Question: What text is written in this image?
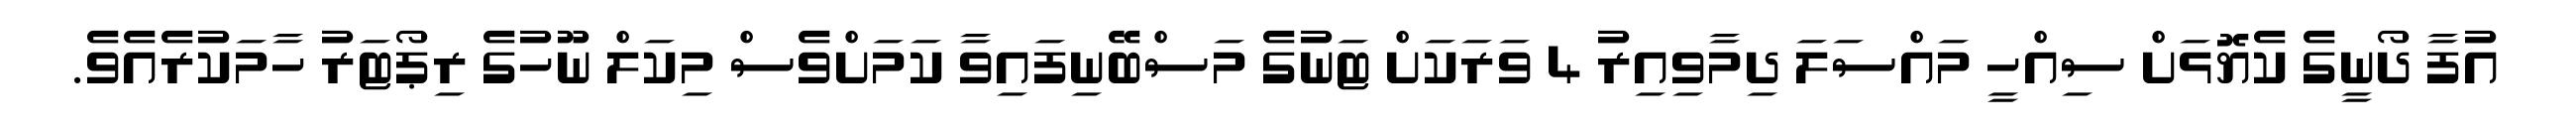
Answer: އުފާ ދޯނީގެ ކެޔޮޅަށް ސިއްހީ މައްސަލަ ދިމާވިއިރު 4 ވަރަކަށް ޓަނުގެ މަސްބޭނިފައިވާ ކަމަށްވެސް މިކަލް ނޫހުގެ ރިޕޯޓަރު ހާމަކުރެއެވެ.